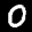
Label: 0